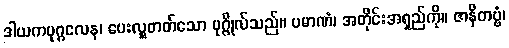
ဒါယကပုဂ္ဂလေန၊ ပေးလှူတတ်သော ပုဂ္ဂိုလ်သည်။ ပမာဏံ၊ အတိုင်းအရှည်ကို။ ဇာနိတဗ္ဗံ၊